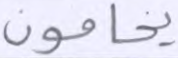
يخافون